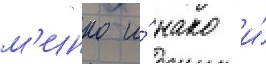
м'инко и́ нако и́